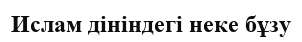
Ислам дініндегі неке бұзу